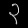
Digit: ၃